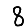
Digit: 8